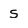
Character: s